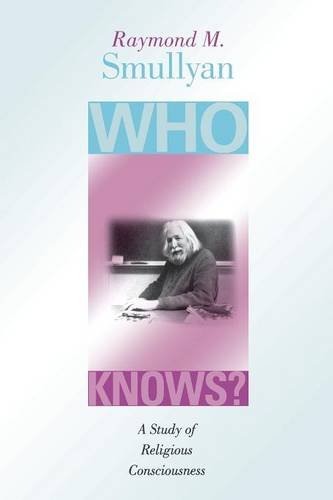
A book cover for Who Knows?: A Study of Religious Consciousness; Raymond M. Smullyan; Religion & Spirituality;